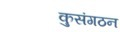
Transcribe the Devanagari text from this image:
कुसंगठन